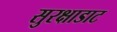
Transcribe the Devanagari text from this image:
सुरक्षाडाट